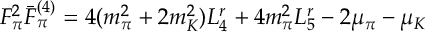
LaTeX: F _ { \pi } ^ { 2 } \bar { F } _ { \pi } ^ { ( 4 ) } = 4 ( m _ { \pi } ^ { 2 } + 2 m _ { K } ^ { 2 } ) L _ { 4 } ^ { r } + 4 m _ { \pi } ^ { 2 } L _ { 5 } ^ { r } - 2 \mu _ { \pi } - \mu _ { K }